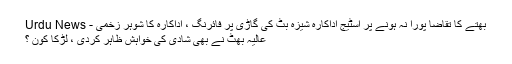
بھتے کا تقاضا پورا نہ ہونے پر اسٹیج اداکارہ شیزہ بٹ کی گاڑی پر فائرنگ ، اداکارہ کا شوہر زخمی - Urdu News
عالیہ بھٹ نے بھی شادی کی خواہش ظاہر کردی ، لڑکا کون ؟